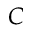
C